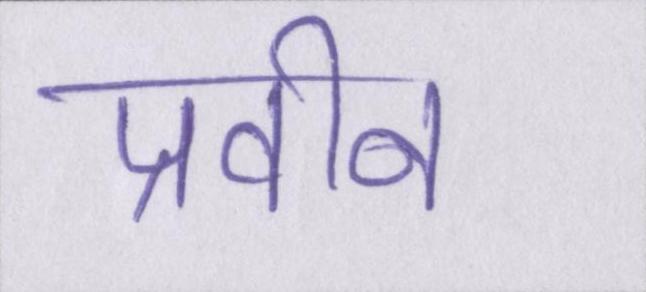
प्रवीन